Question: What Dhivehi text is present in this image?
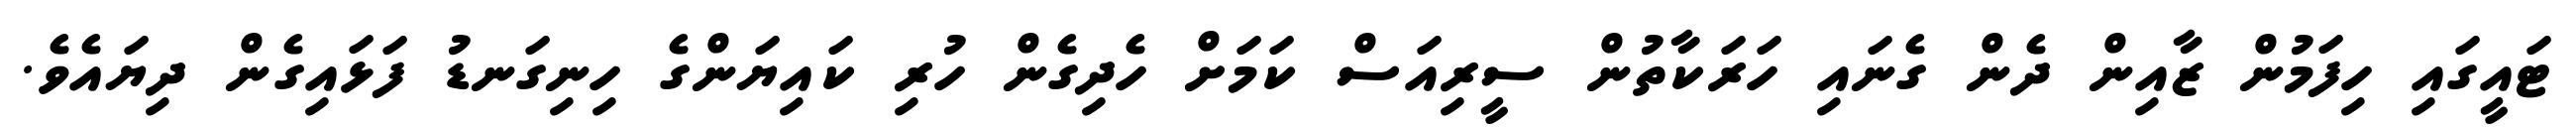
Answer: ޓައީގައި ހިފަމުން ޒާއިން ދެން ގެނައި ހަރަކާތުން ސީރިއަސް ކަމަށް ހެދިގެން ހުރި ކައިޔަންގެ ހިނިގަނޑު ފަޅައިގެން ދިޔައެވެ.